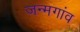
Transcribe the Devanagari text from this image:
जन्मगांव